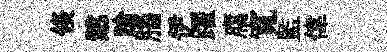
倐慤蹌腦伊躍腐寬監偉